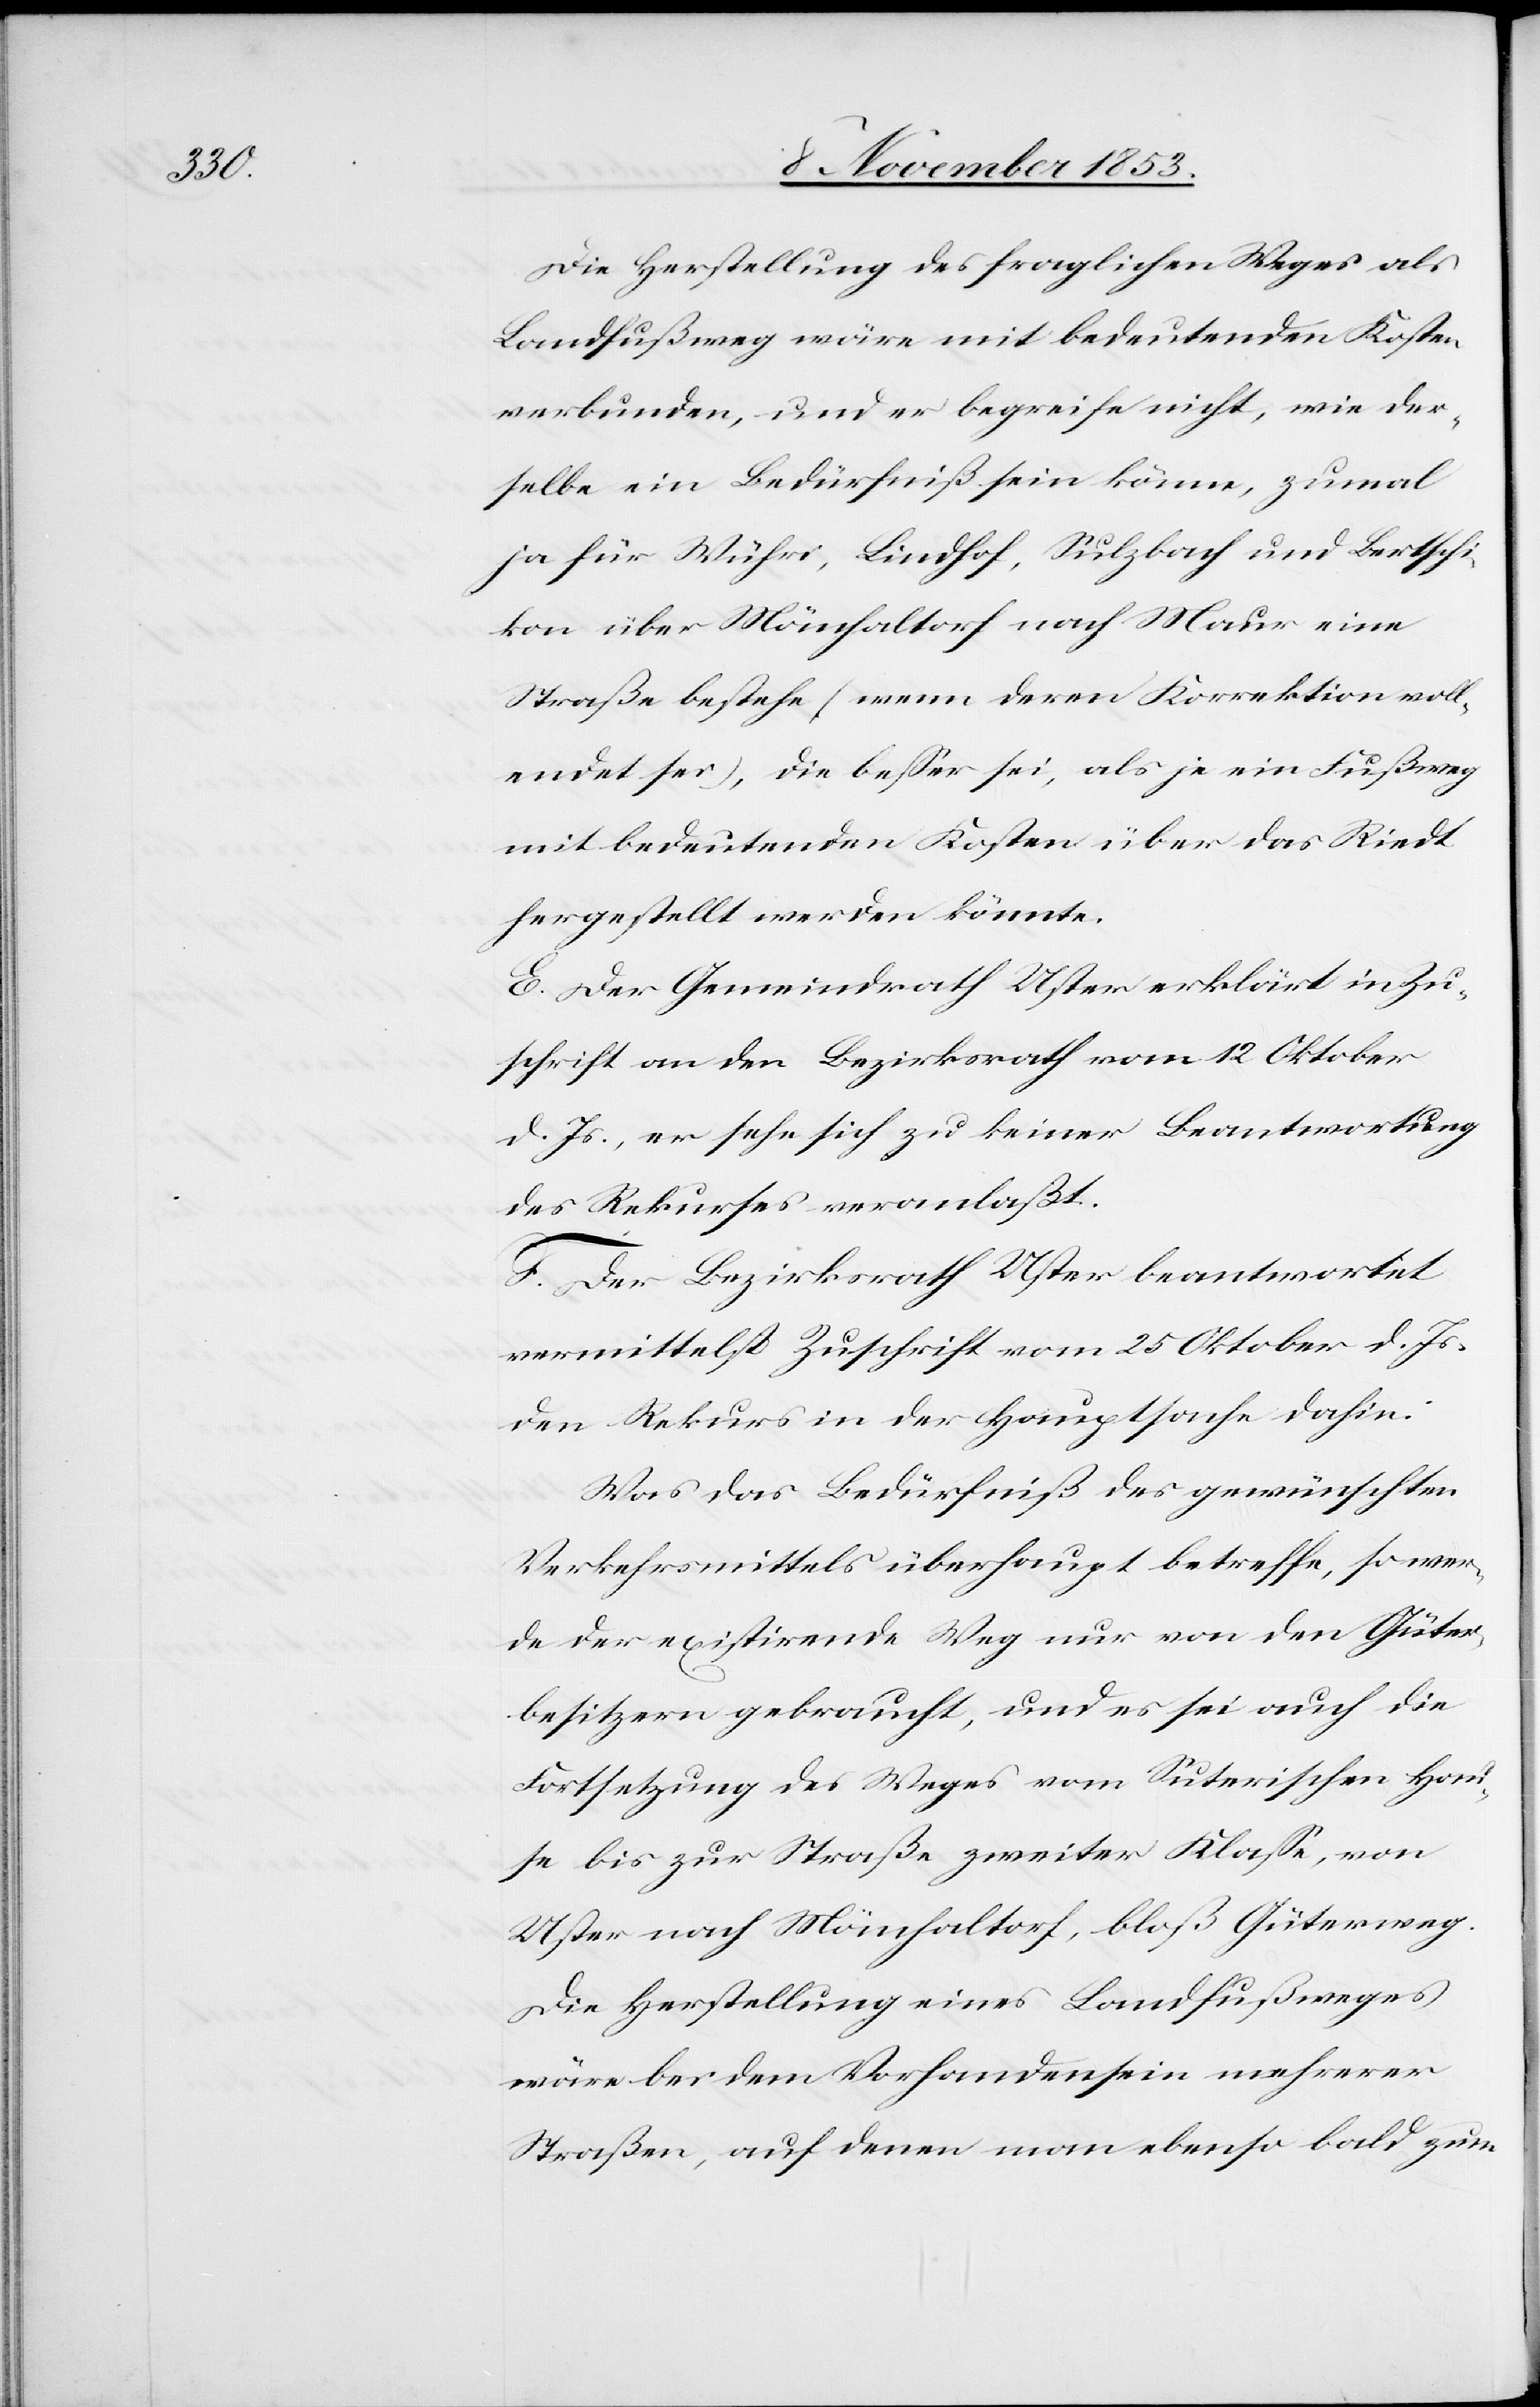
Die Herstellung des fraglichen Weges als
Landfußweg wäre mit bedeutenden Kosten
verbunden, und er begreife nicht, wie der¬
selbe ein Bedürfniß sein könne, zumal
ja für Wühri, Lindhof, Sulzbach und Bertschi¬
kon über Mönchaltorf nach Maur eine
Straße bestehe, (wenn deren Korrektion voll¬
endet sei), die beßer sei, als je ein Fußweg
mit bedeutenden Kosten über das Riedt
hergestellt werden könnte.
E. Der Gemeindrath Uster erklärt in Zu¬
schrift an den Bezirksrath vom 12 Oktober
d. Js., er sehe sich zu keiner Beantwortung
des Rekurses veranlaßt.
F. Der Bezirksrath Uster beantwortet
vermittelst Zuschrift vom 25 Oktober d. Js.
den Rekurs in der Hauptsache dahin:
Was das Bedürfniß des gewünschten
Verkehrsmittels überhaupt betreffe, so wer¬
de der existirende Weg nur von den Güter¬
besitzern gebraucht, und es sei auch die
Fortsetzung des Weges vom Suterischen Hau¬
se bis zur Straße zweiter Klaße, von
Uster nach Mönchaltorf, bloß Güterweg.
Die Herstellung eines Landfußweges
wäre bei dem Vorhandensein mehrerer
Straßen, auf denen man ebenso bald zum